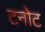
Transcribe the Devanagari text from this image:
टनोट